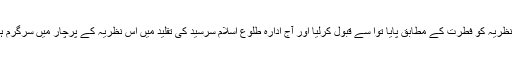
اس نظریہ کو فطرت کے مطابق پایا توا سے قبول کرلیا اور آج ادارہ طلوع اسلام سرسید کی تقلید میں اس نظریہ کے پرچار میں سرگرم ہے ۔